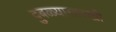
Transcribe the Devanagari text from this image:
दुबळ्यासारखी